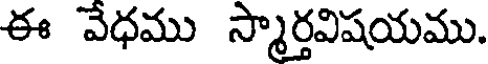
ఈ వేధము స్మార్తవిషయము.